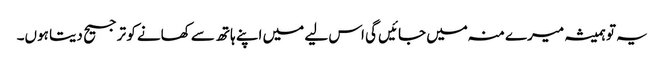
یہ تو ہمیشہ میرے منہ میں جائیں گی اس لیے میں اپنے ہاتھ سے کھانے کو ترجیح دیتا ہوں۔